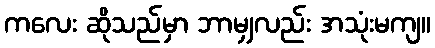
ကလေး ဆိုသည်မှာ ဘာမျှလည်း အသုံးမကျ။